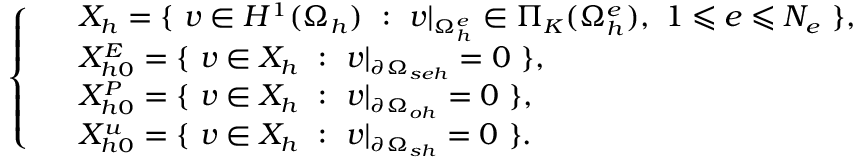
\small \left\{ \begin{array} { r l } & { X _ { h } = \{ \ v \in H ^ { 1 } ( \Omega _ { h } ) \ : \ v | _ { \Omega _ { h } ^ { e } } \in \Pi _ { K } ( \Omega _ { h } ^ { e } ) , \ 1 \leqslant e \leqslant N _ { e } \ \} , } \\ & { X _ { h 0 } ^ { E } = \{ \ v \in X _ { h } \ : \ v | _ { \partial \Omega _ { s e h } } = 0 \ \} , } \\ & { X _ { h 0 } ^ { P } = \{ \ v \in X _ { h } \ : \ v | _ { \partial \Omega _ { o h } } = 0 \ \} , } \\ & { X _ { h 0 } ^ { u } = \{ \ v \in X _ { h } \ : \ v | _ { \partial \Omega _ { s h } } = 0 \ \} . } \end{array} \right.